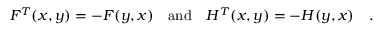
{ \cal F } ^ { T } ( x , y ) = - { \cal F } ( y , x ) \quad \mathrm { a n d } \quad { \cal H } ^ { T } ( x , y ) = - { \cal H } ( y , x ) \quad .